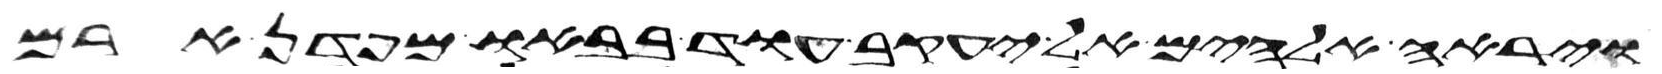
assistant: וירא אלהים אל יעקב עוד בבאו מפדן ארם